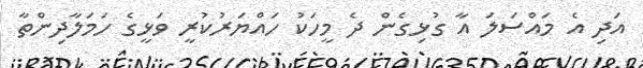
އަދި އެ މައްސަލަ އާ ގުޅިގެން ދެ މީހަކު ހައްޔަރުކުރީ ވަޅީގެ ހަމަލާދިންތާ